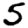
Digit: 5